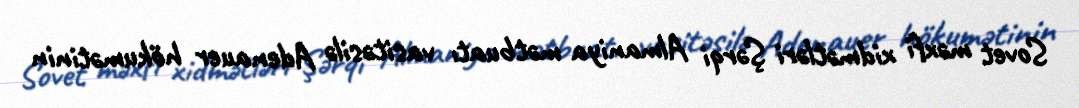
Sovet məxfi xidmətləri Şərqi Almaniya mətbuatı vasitəsilə Adenauer hökumətinin